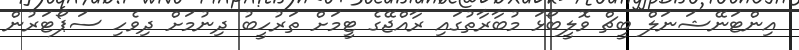
އިންޓަނޭޝަނަލް ބީޗް ވޮލީބޯޅަ މުބާރާތުގައި ރާއްޖޭގެ ޓީމަށް ތަރުހީބު ދިނުމަށް ދިވެހި ސަޕޯޓަރުން